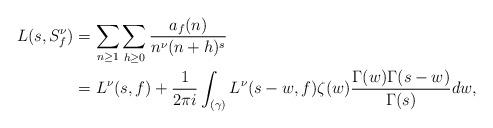
LaTeX: \begin{align*} L(s, S_f^\nu) &= \sum_{n \geq 1}\sum_{h \geq 0} \frac{a_f(n)}{n^\nu (n+h)^s} \\ &= L^\nu(s,f) + \frac{1}{2\pi i} \int_{(\gamma)} L^\nu(s -w,f) \zeta(w)\frac{\Gamma(w)\Gamma(s - w)}{\Gamma(s)}dw, \end{align*}